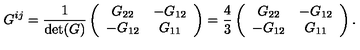
G ^ { i j } = { \frac { 1 } { \det ( G ) } } \left( \begin{array} { c c } { G _ { 2 2 } } & { - G _ { 1 2 } } \\ { - G _ { 1 2 } } & { G _ { 1 1 } } \\ \end{array} \right) = { \frac { 4 } { 3 } } \left( \begin{array} { c c } { G _ { 2 2 } } & { - G _ { 1 2 } } \\ { - G _ { 1 2 } } & { G _ { 1 1 } } \\ \end{array} \right) .